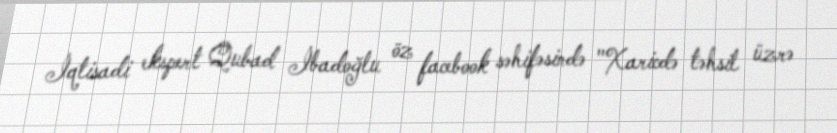
İqtisadi ekspert Qubad İbadoğlu öz facebook səhifəsində "Xaricdə təhsil üzrə